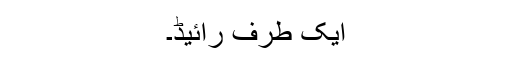
ایک طرف رائیڈ۔